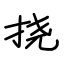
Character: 挠